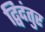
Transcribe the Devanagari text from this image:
द्विदंतुर